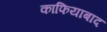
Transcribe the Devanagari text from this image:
काफियाबाद